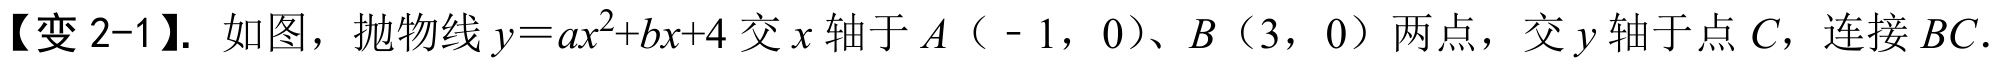
【变2-1】. 如图，抛物线\(y = ax^{2}+bx + 4\)交\(x\)轴于\(A(-1,0)\)、\(B(3,0)\)两点，交\(y\)轴于点\(C\)，连接\(BC\).